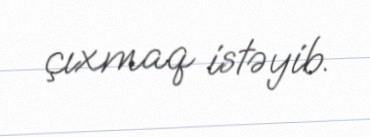
çıxmaq istəyib.